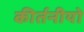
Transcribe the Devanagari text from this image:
कीर्तनीयो